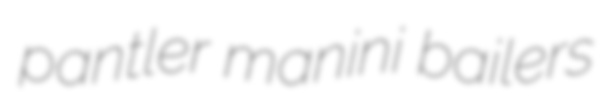
pantler manini bailers